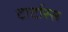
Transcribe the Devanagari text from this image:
टार्टारस